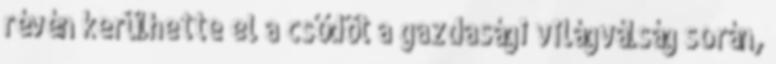
révén kerülhette el a csődöt a gazdasági világválság során,